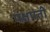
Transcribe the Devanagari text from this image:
पक्षपती